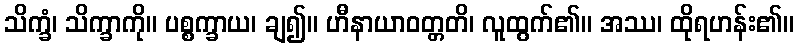
သိက္ခံ၊ သိက္ခာကို။ ပစ္စက္ခာယ၊ ချ၍။ ဟီနာယာဝတ္တတိ၊ လူထွက်၏။ အဿ၊ ထိုရဟန်း၏။